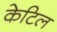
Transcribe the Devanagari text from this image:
केटिल